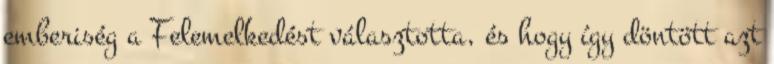
emberiség a Felemelkedést választotta, és hogy így döntött azt